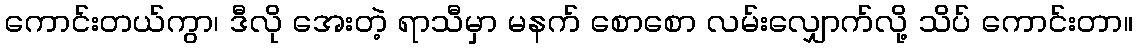
ကောင်းတယ်ကွာ၊ ဒီလို အေးတဲ့ ရာသီမှာ မနက် စောစော လမ်းလျှောက်လို့ သိပ် ကောင်းတာ။